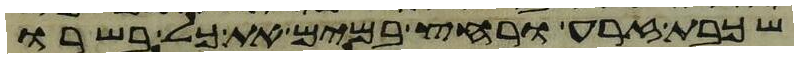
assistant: שכבת זרע ורחץ במים את כל בשרו